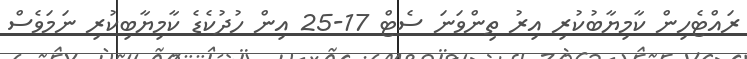
ރައްޓެހިން ކާމިޔާބުކުރި އިރު ތިންވަނަ ސެޓް 17-25 އިން ހުދުކެޑެ ކާމިޔާބިކުރި ނަމަވެސް